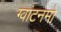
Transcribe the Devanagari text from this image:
ग्वांटनमो